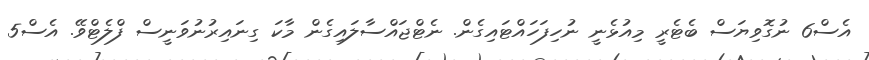
އެސް6 ނުގޮވިޔަސް ބެޓެރީ މިއުޅެނީ ނުހިފަހައްޓައިގެން. ނެޓްޖައްސާލައިގެން މާކަ ގިނައިރުނުވަނީސް ފްލެޓްވޭ. އެސް5